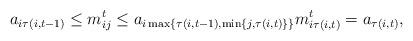
LaTeX: \begin{align*}a_{i\tau(i,t-1)} \leq m^t_{ij} \leq a_{i\max\{\tau(i,t-1),\min\{j,\tau(i,t)\}\}} m^{t}_{i\tau(i,t)} = a_{\tau(i,t)},\end{align*}